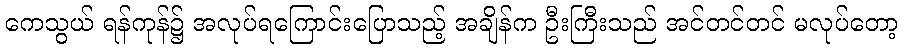
ကေသွယ် ရန်ကုန်၌ အလုပ်ရကြောင်းပြောသည့် အချိန်က ဦးကြီးသည် အင်တင်တင် မလုပ်တော့